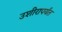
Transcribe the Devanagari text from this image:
उशीरापर्यंत